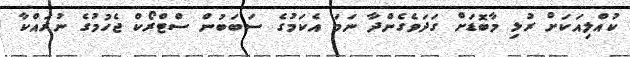
ކުއްލިއަކަށް ރުޅި މާބޮޑަށް ގަދަވެގެންދާ ނަމަ އެކަމުގެ ސަބަބުން ސްޓްރޯކް ޖެހުމުގެ ނުރައްކާ